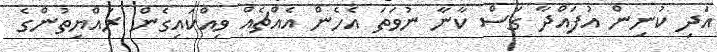
އަދި ކުނިން އުފައްދާ ގަސް ކާނާ ނުވަތަ އެހެން އެއްޗެއް ވިއްކައިގެންް ރައްޔިތުންގެ